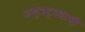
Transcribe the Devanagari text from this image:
अणुभट्ट्याची